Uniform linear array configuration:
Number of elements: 48
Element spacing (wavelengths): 0.25
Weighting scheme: uniform
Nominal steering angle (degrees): -60
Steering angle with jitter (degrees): -59.589
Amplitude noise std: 0.05
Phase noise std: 0.05

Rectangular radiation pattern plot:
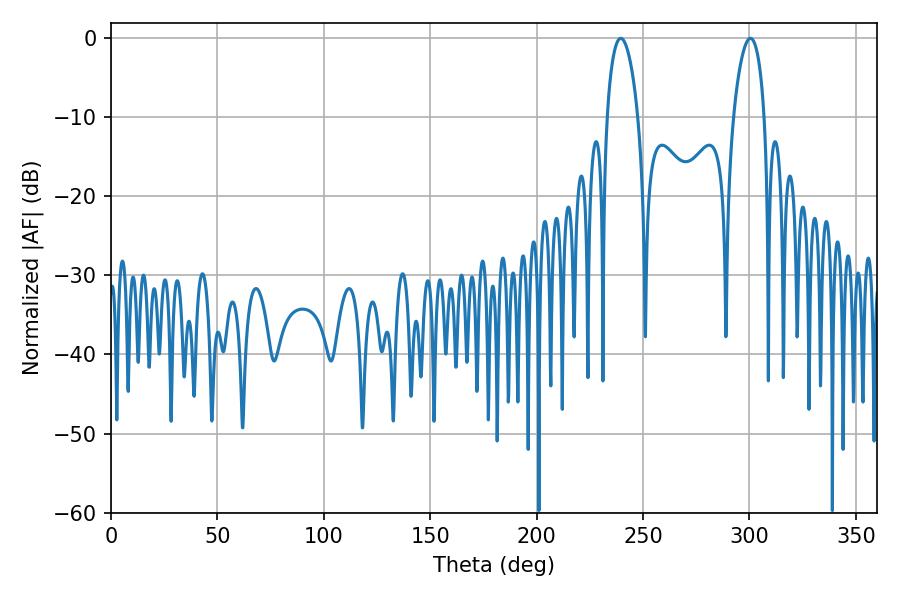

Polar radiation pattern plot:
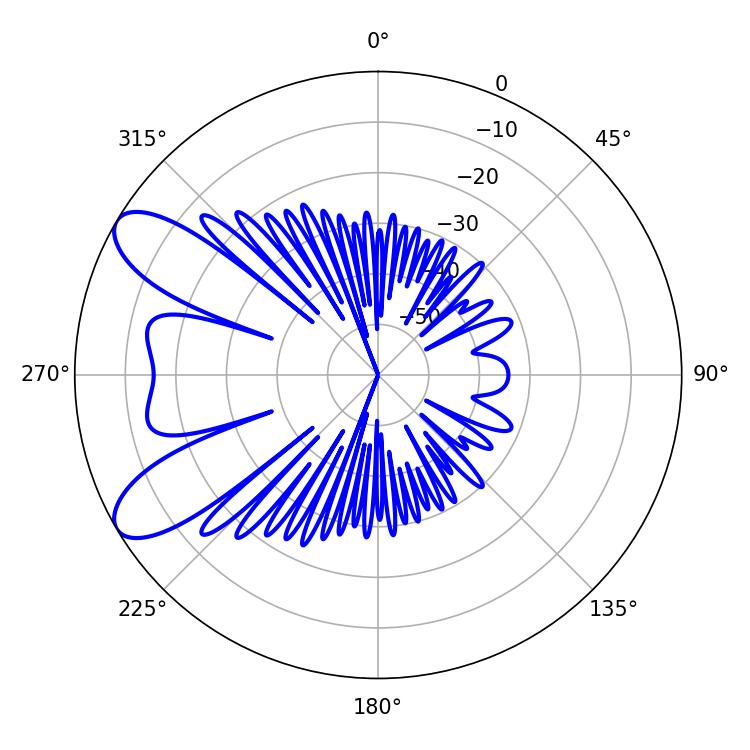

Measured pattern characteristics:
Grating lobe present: FALSE
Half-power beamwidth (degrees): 8.28
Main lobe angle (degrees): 239.58